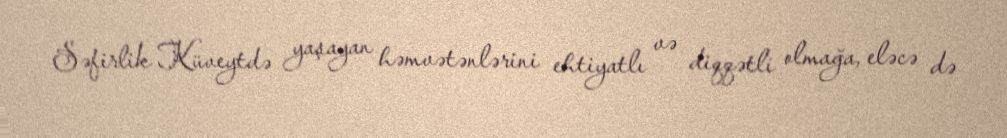
Səfirlik Küveytdə yaşayan həmvətənlərini ehtiyatlı və diqqətli olmağa, eləcə də